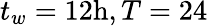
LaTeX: t_{w}=12\mathrm{h},T=24